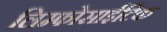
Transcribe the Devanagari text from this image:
लिम्फोसाईटिक